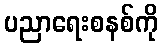
ပညာရေးစနစ်ကို